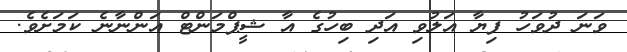
ވަނަ ދުވަހު ފިޔާ އަލުވި އަދި ބިހުގެ އާ ޝީޕްމަންޓް އަންނާނެ ކަމަށެވެ.